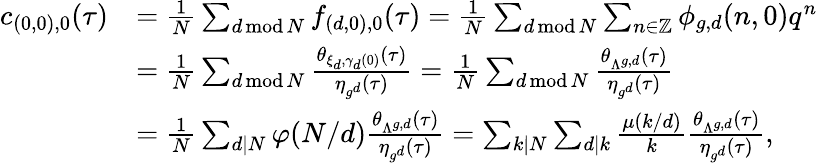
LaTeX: \begin{array}{rl}{c_{(0,0),0}(\tau)}&{=\frac{1}{N}\sum_{d\operatorname{mod}N}f_{(d,0),0}(\tau)=\frac{1}{N}\sum_{d\operatorname{mod}N}\sum_{n\in\mathbb Z}\phi_{g,d}(n,0)q^{n}}\\ &{=\frac{1}{N}\sum_{d\operatorname{mod}N}\frac{\theta_{\xi_{d},\gamma_{d}(0)}(\tau)}{\eta_{g^{d}}(\tau)}=\frac{1}{N}\sum_{d\operatorname{mod}N}\frac{\theta_{\Lambda^{g,d}}(\tau)}{\eta_{g^{d}}(\tau)}}\\ &{=\frac{1}{N}\sum_{d|N}\varphi(N/d)\frac{\theta_{\Lambda^{g,d}}(\tau)}{\eta_{g^{d}}(\tau)}=\sum_{k|N}\sum_{d|k}\frac{\mu(k/d)}{k}\frac{\theta_{\Lambda^{g,d}}(\tau)}{\eta_{g^{d}}(\tau)},}\end{array}